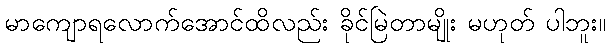
မာကျောရလောက်အောင်ထိလည်း ခိုင်မြဲတာမျိုး မဟုတ် ပါဘူး။